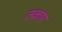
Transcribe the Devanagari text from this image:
तकार